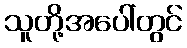
သူတို့အပေါ်တွင်